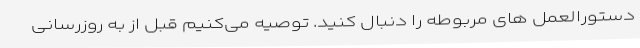
دستورالعمل های مربوطه را دنبال کنید. توصیه می‌کنیم قبل از به روزرسانی